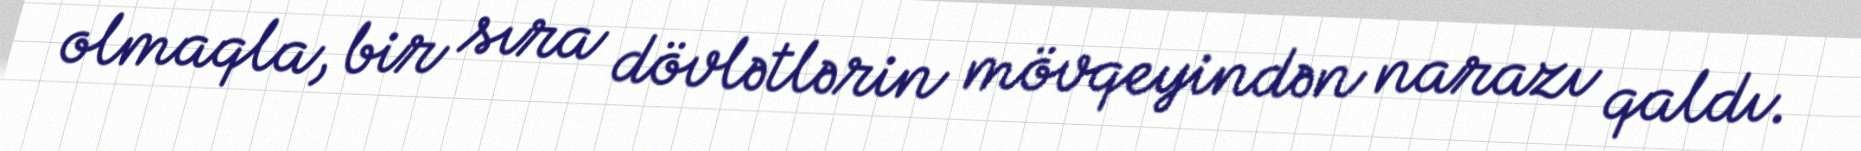
olmaqla, bir sıra dövlətlərin mövqeyindən narazı qaldı.